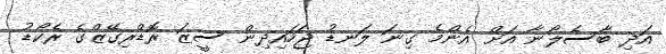
އަދި ބާސެލޯނާ އަށް އެންމެ ގިނަ ލަނޑު ޖަހައިދިން ސީޒަ ރޮޑްރިގޭޒްގެ ރެކޯޑު